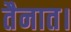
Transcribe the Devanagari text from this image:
तैनात।